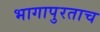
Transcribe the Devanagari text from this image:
भागापुरताच